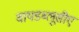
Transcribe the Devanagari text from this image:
वायडब्लूसीए